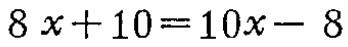
\(8x + 10 = 10x - 8\)